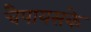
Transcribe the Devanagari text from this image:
चैपायसके